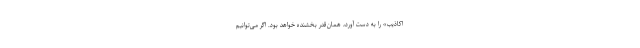
اکاذیب» را به‌ دست آورَد، همان‌قدر بخشنده خواهد بود. اگر می‌توانیم